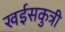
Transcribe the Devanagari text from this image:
खईसकुत्री